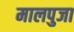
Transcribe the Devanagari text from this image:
मालपुजा